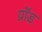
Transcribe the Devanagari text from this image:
प्रॉड